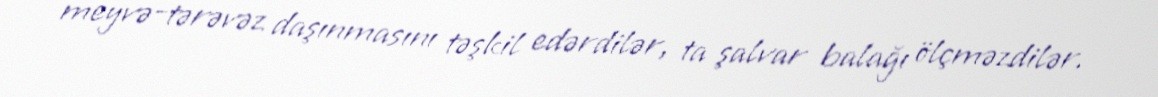
meyvə-tərəvəz daşınmasını təşkil edərdilər, ta şalvar balağı ölçməzdilər.